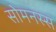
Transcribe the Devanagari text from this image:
सोमनस्स